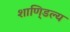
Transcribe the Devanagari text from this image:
शाणि्डल्य